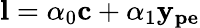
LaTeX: \mathbf{l}=\alpha_{0}\mathbf{c}+\alpha_{1}\mathbf{y_{pe}}